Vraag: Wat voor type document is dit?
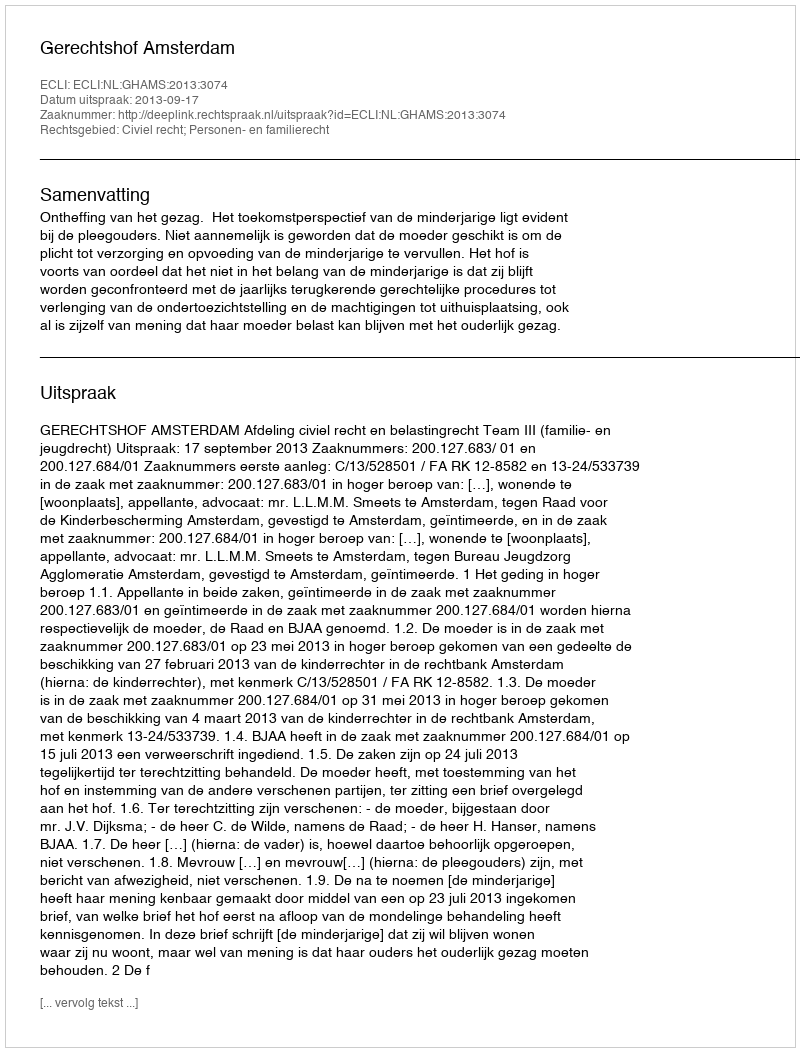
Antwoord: Uitspraak